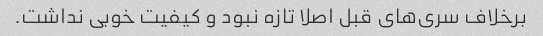
برخلاف سری‌های قبل اصلا تازه نبود و کیفیت خوبی نداشت.